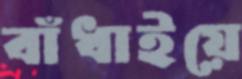
বাঁধাইয়ে